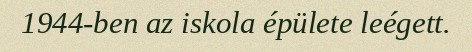
1944-ben az iskola épülete leégett.